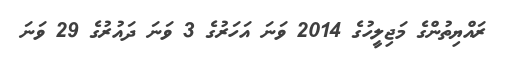
ރައްޔިތުންގެ މަޖިލީހުގެ 2014 ވަނަ އަހަރުގެ 3 ވަނަ ދައުރުގެ 29 ވަނަ